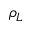
\rho _ { L }